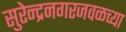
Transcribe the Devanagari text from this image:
सुरेन्द्रनगरजवळच्या